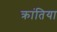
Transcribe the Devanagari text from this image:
क्रांतिया